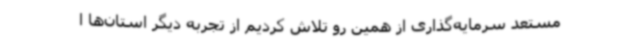
مستعد سرمایه‌گذاری از همین رو تلاش کردیم از تجربه دیگر استان‌ها ا